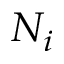
N _ { i }